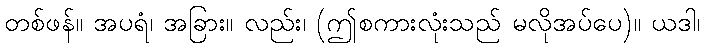
တစ်ဖန်။ အပရံ၊ အခြား။ လည်း၊ (ဤစကားလုံးသည် မလိုအပ်ပေ)။ ယဒါ၊